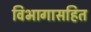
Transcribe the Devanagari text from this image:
विभागासहित